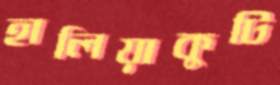
হালিয়াকুটি